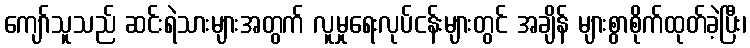
ကျော်သူသည် ဆင်းရဲသားများအတွက် လူမှုရေးလုပ်ငန်းများတွင် အချိန် များစွာစိုက်ထုတ်ခဲ့ပြီး၊